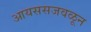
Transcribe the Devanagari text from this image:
आयससजवळून